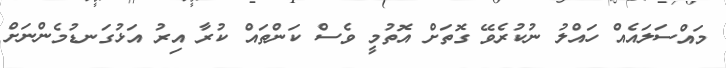
މައްސަލައެއް ހައްލު ނުކުރެވޭ ގޮތަށް އޮތުމީ ވެސް ކަންތައް ކުރާ އިރު އަޅުގަނޑުމެންނަށް